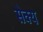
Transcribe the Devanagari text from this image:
सेक्य